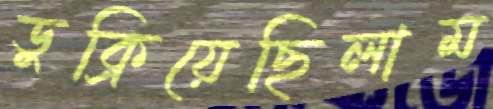
ডুক্‌রিয়েছিলাম